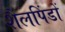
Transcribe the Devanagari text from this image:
शैलपिंडों